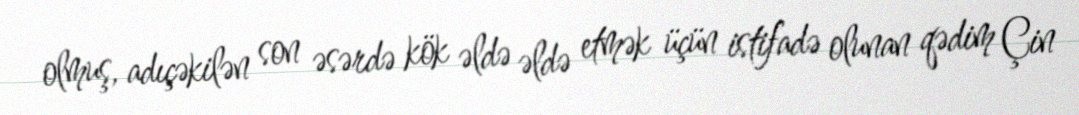
olmuş, adıçəkilən son əsərdə kök əldə əldə etmək üçün istifadə olunan qədim Çin